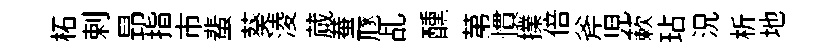
柘剌昻指市蜚葵淩蕆蛬豗乩醺苐慣擈倍斧児蔌玷況析地